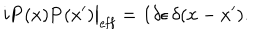
i { \bf P } ( x ) { \bf P } ( x ^ { \prime } ) \big | _ { \mathrm { e f f } } = { \bf 1 } \delta \epsilon \, \delta ( x - x ^ { \prime } ) .